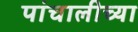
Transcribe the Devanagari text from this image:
पांचालीच्या